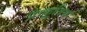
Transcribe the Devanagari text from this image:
प्राकृ्तिक